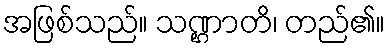
အဖြစ်သည်။ သဏ္ဌာတိ၊ တည်၏။